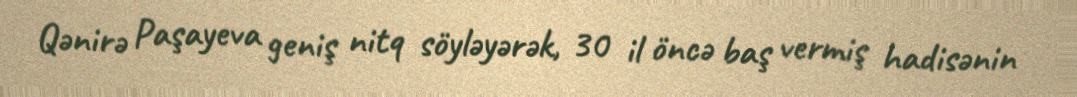
Qənirə Paşayeva geniş nitq söyləyərək, 30 il öncə baş vermiş hadisənin